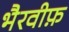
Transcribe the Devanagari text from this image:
भैरवीफ़